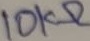
Text: 10KΩ